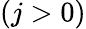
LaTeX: (j>0)